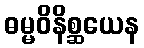
ဓမ္မဝိနိစ္ဆယေန